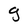
Character: g